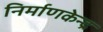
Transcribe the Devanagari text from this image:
निर्माणकेन्द्र